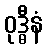
ဝုဒ္ဓီနံ